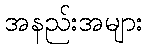
အနည်းအများ